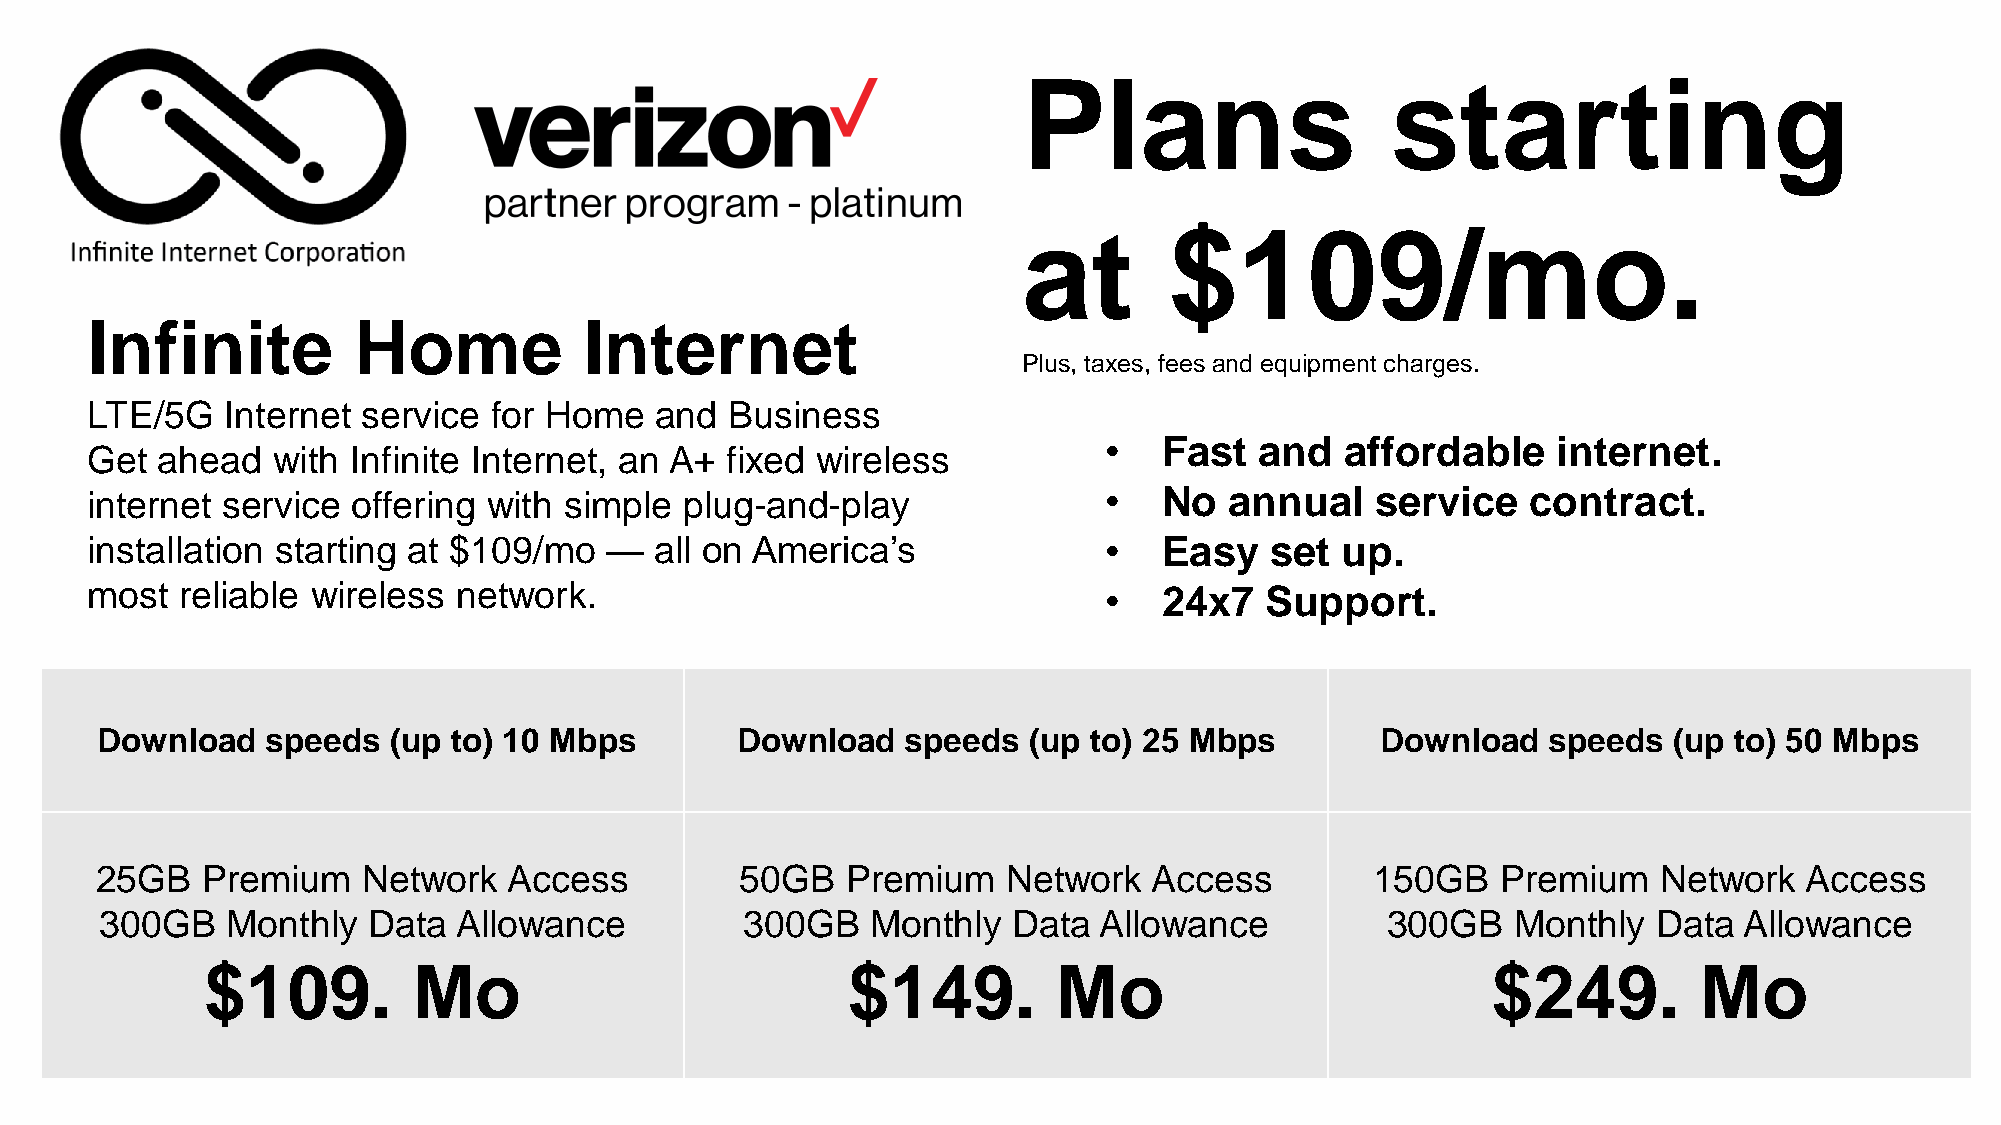
Plans                   starting
 at       $109/mo.
 Infinite         Home            Internet
 Plus, taxes, fees and equipment charges.
 LTE/5G   Internet service for Home   and  Business
 •   Fast  and   affordable    internet.
 Get ahead   with Infinite Internet, an A+ fixed wireless
 internet service offering with simple  plug-and-play               •   No  annual    service   contract.
 installation starting at $109/mo  —  all on America’s              •   Easy   set  up.
 most  reliable wireless network.                                   •   24x7   Support.
 Download    speeds  (up to) 10 Mbps        Download   speeds  (up to) 25 Mbps        Download    speeds  (up to) 50 Mbps
 25GB   Premium    Network   Access         50GB   Premium    Network  Access         150GB   Premium    Network   Access
 300GB   Monthly  Data  Allowance          300GB    Monthly  Data  Allowance          300GB   Monthly   Data Allowance
 $109.         Mo                           $149.         Mo                           $249.        Mo